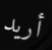
أريد